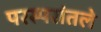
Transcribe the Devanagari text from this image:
परस्परांतले